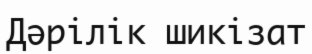
Дәрілік шикізат